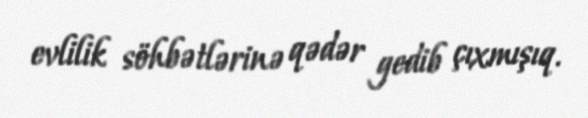
evlilik söhbətlərinə qədər gedib çıxmışıq.